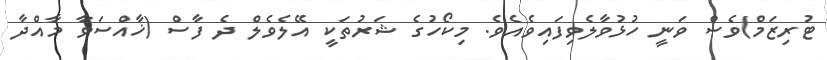
ޓުރިޒަމް)ވެސް ވަނީ ހުޅުވާލެވިފައިވެއެވެ. މިކޯހުގެ ޝަރުތަކީ އޭލެވެލް ދެ ފާސް (ޚާއްސަވާ މާއްދާ